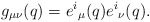
\begin{align*}g_{\mu\nu} (q) ={e^i}_\mu (q) {e^i}_\nu (q).\end{align*}